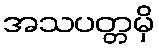
အသပတ္တမှိ